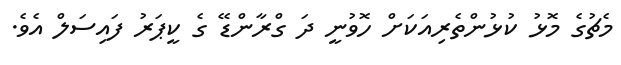
މެޗުގެ މޮޅު ކުޅުންތެރިއަކަށް ހޮވުނީ ދަ ގްރާންޑޭ ގެ ކީޕަރު ފައިސަލް އެވެ.